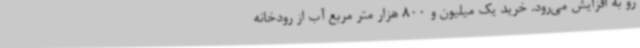
رو به افزایش می‌رود. خرید یک میلیون و 800 هزار متر مربع آب از رودخانه